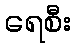
ရေစီး